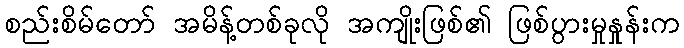
စည်းစိမ်တော် အမိန့်တစ်ခုလို အကျိုးဖြစ်၏ ဖြစ်ပွားမှုနှုန်းက